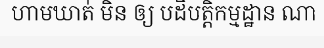
ហាមឃាត់ មិន ឲ្យ បដិបត្តិកម្មដ្ឋាន ណា